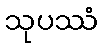
သုပဿံ